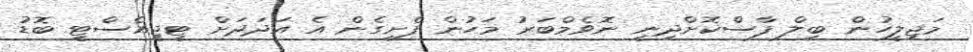
މަޖިލީހުން ބިލް ފާސްކޮށްދިނީ ނޮވެމްބަރު މަހުން ފެށިގެން އެ އަދަދަށް ޓީޖީއެސްޓީ ބޮޑު